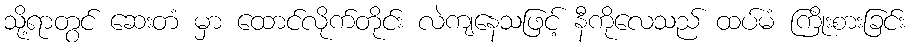
သို့ရာတွင် ဆေးတံ မှာ ထောင်လိုက်တိုင်း လဲကျနေသဖြင့် နီကိုလေသည် ထပ်မံ ကြိုးစားခြင်း